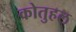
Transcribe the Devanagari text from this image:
कोतुहल